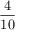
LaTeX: \frac { 4 } { 1 0 }